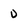
Character: D